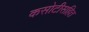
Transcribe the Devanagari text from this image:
कसोटीसहित